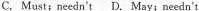
C.Must;needn't D.May;reedn't